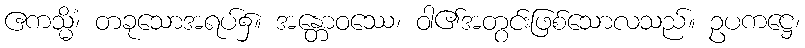
ဧကသ္မိံ၊ တခုသောအရပ်၌။ အန္တောဝဿေ၊ ဝါ၏အတွင်းဖြစ်သောလသည်။ ဥပကဋ္ဌေ၊